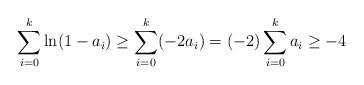
LaTeX: \begin{align*}\sum_{i=0}^k \ln(1-a_i)\ge \sum_{i=0}^k (-2a_i) =(-2)\sum_{i=0}^k a_i \ge -4\end{align*}